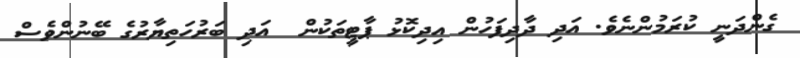
ގެންދަނީ ކުރަމުންނެވެ. އަދި ދާދިފަހުން އިދިކޮޅު ޕާޓީތަކުން  އަދި ބަރުހަތިޔާރުގެ ބޭނުންވެސް